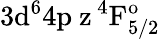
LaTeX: \mathrm{3d^{6}4p\ z\, ^{4}F_{5/2}^{o}}